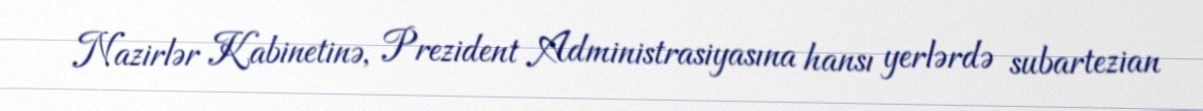
Nazirlər Kabinetinə, Prezident Administrasiyasına hansı yerlərdə subartezian